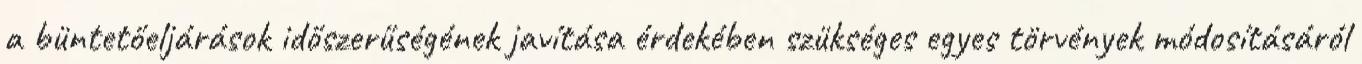
a büntetőeljárások időszerűségének javítása érdekében szükséges egyes törvények módosításáról